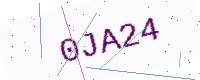
Text: 0JA24